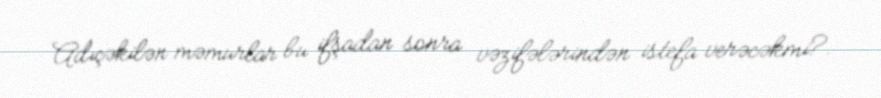
Adıçəkilən məmurlar bu ifşadan sonra vəzifələrindən istefa verəcəkmi?.